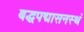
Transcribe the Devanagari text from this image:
बद्धपद्मासनस्थं